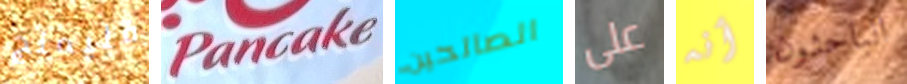
فليمنج Pancake الصالحين على أنه الباحثون